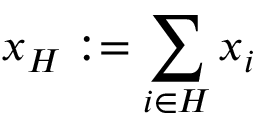
x _ { H } : = \sum _ { i \in H } x _ { i }